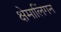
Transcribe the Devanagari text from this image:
क्षेमालिंगन